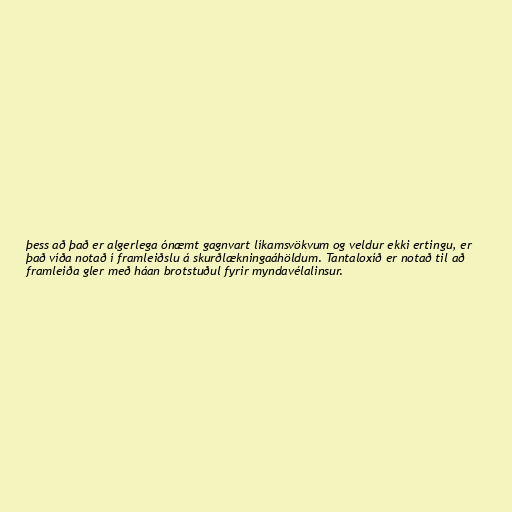
þess að það er algerlega ónæmt gagnvart líkamsvökvum og veldur ekki ertingu, er
það víða notað í framleiðslu á skurðlækningaáhöldum. Tantaloxíð er notað til að
framleiða gler með háan brotstuðul fyrir myndavélalinsur.